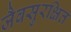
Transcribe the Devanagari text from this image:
जैवसुरक्षित